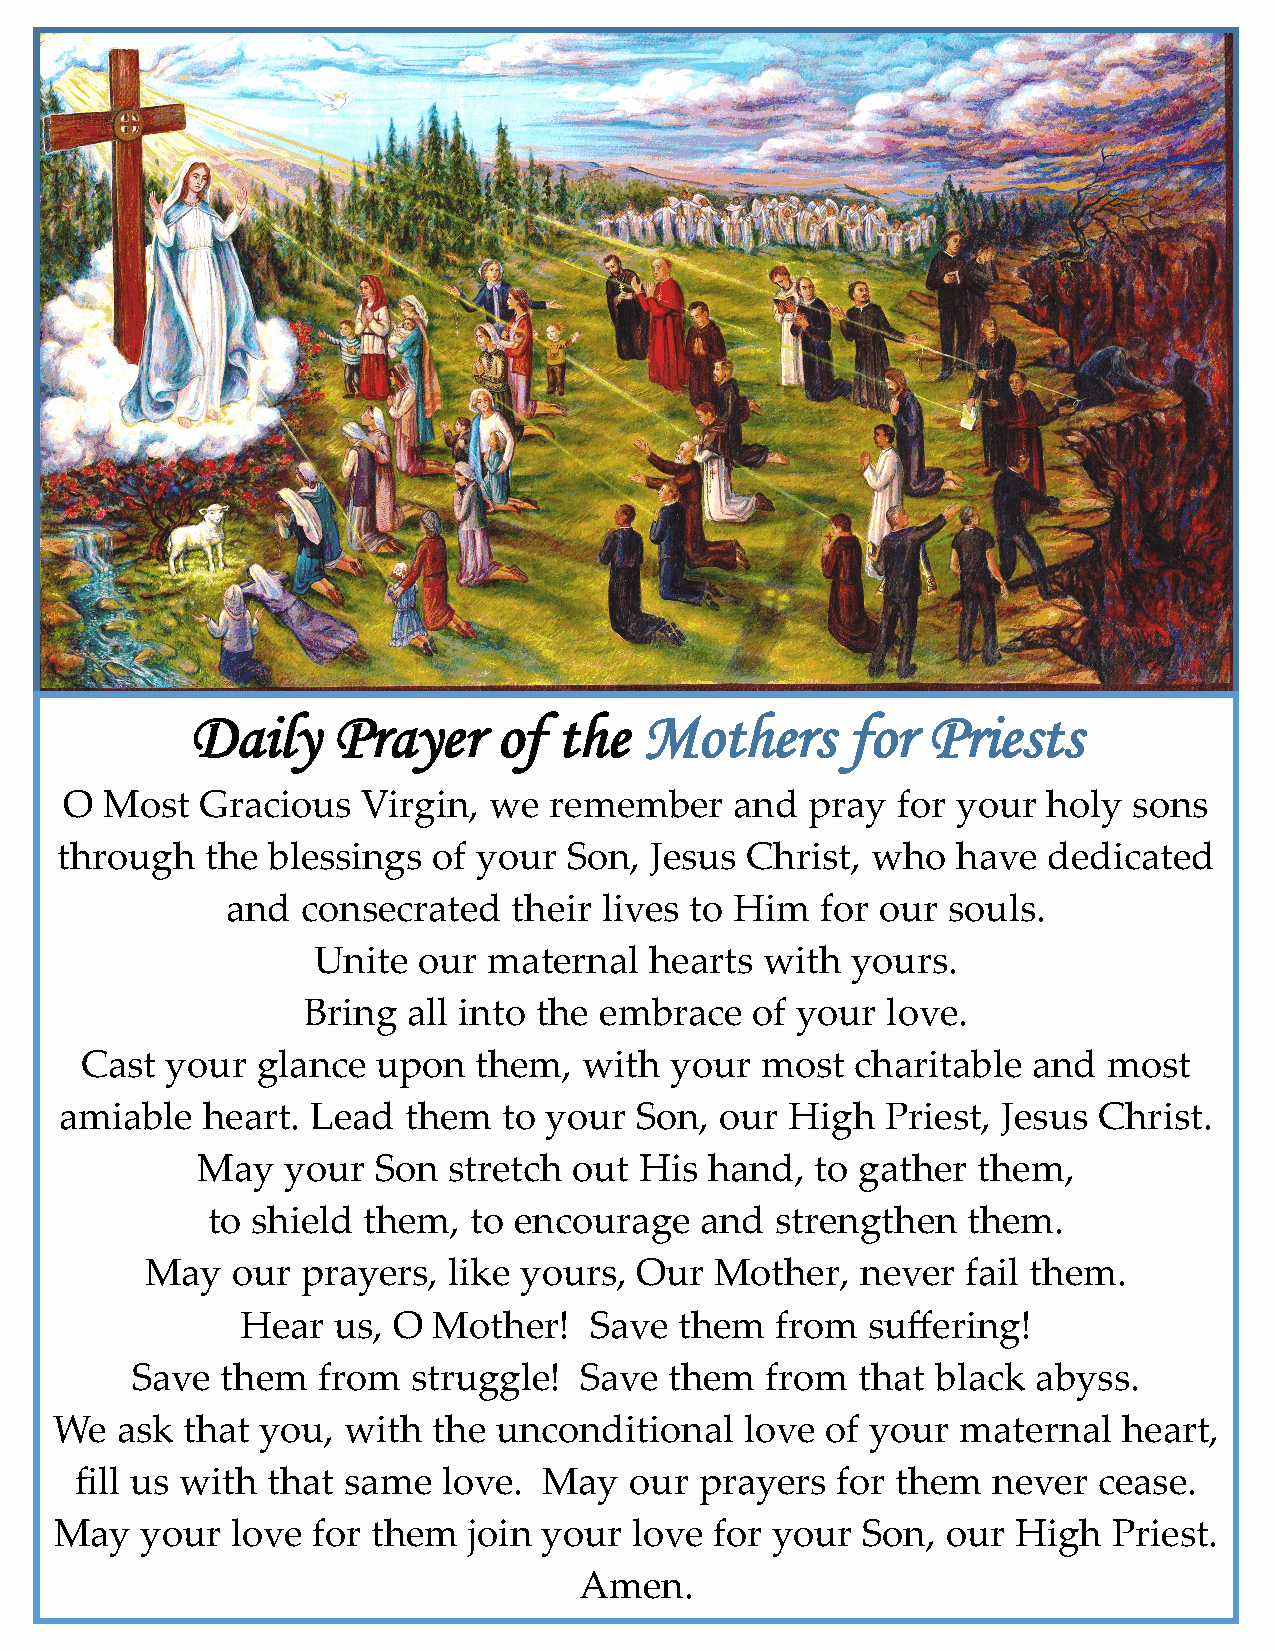
Daily    Prayer     of  the   Mothers      for  Priests
 O  Most  Gracious   Virgin, we  remember     and  pray for your  holy  sons
 through   the blessings  of your  Son, Jesus Christ,  who  have  dedicated
 and  consecrated   their lives to Him  for our  souls.
 Unite  our maternal   hearts  with yours.
 Bring  all into the embrace   of your  love.
 Cast  your  glance  upon  them,   with your  most   charitable and  most
 amiable  heart.  Lead  them  to your  Son,  our High   Priest, Jesus Christ.
 May   your  Son  stretch out His  hand,  to gather  them,
 to shield them,  to encourage   and  strengthen   them.
 May  our  prayers,  like yours, Our  Mother,   never  fail them.
 Hear  us, O  Mother!   Save  them  from  suffering!
 Save  them  from  struggle!  Save  them   from  that black  abyss.
 We   ask that you,  with  the unconditional   love  of your  maternal  heart,
 fill us with that same  love.  May   our prayers  for them   never  cease.
 May  your  love  for them  join your  love for your  Son,  our High   Priest.
 Amen.